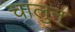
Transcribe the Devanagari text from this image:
चालुन्